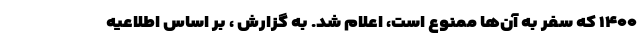
۱۴۰۰ که سفر به آن‌ها ممنوع است، اعلام شد. به گزارش ، بر اساس اطلاعیه